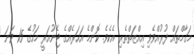
މަގާމްތައް ފުރުއްވެވި އިއްޒަތްތެރި އެކެވެ. ކޮންމެ އަހަރެއްގެ ޖެނުއަރީ މަހުގެ 15 ވަނަ